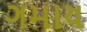
ગમાય